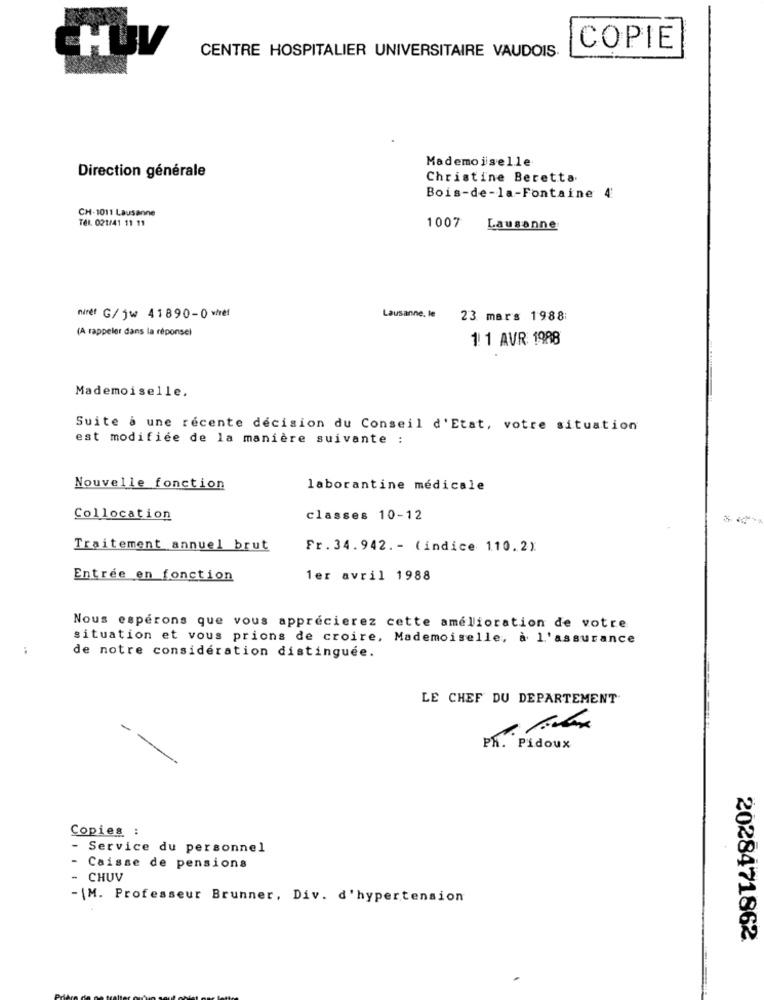
COPIE
CENTRE HOSPITALIER UNIVERSITAIRE VAUDOIS.
Mademoiselle
Direction générale
Christine Beretta.
Bois-de-la-Fontaine 4
CH-1011 Lausanne
Tél. 021/41 11 11
1007
Lausanne
niret G/ jw 41890-0 wref
Lausanne, le
23 mars 1988:
(A rappeler dans la réponse)
1| 1 AVR 1988
Mademoiselle.
Suite à une récente décision du Conseil d'Etat, votre situation
est modifiée de la manière suivante :
Nouvelle fonction
laborantine médicale
Collocation
classes 10-12
Traitement annuel brut
Fr.34.942 .- (indice 110.2)
Entrée en fonction
1er avril 1988
Nous espérons que vous apprécierez cette amélioration de votre
situation et vous prions de croire, Mademoiselle, à l'assurance
de notre considération distinguée.
LE CHEF DU DEPARTEMENT
Ph. Pidoux
Copies :
- Service du personnel
Caisse de pensions
- CHUV
- \M. Professeur Brunner, Div. d'hypertension
2028471862